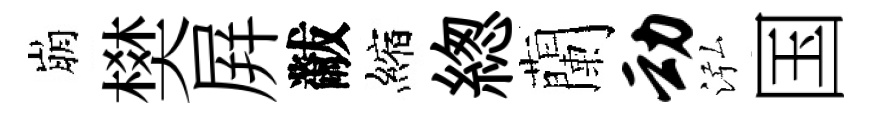
崩樊屛黻縮緫蘭动泓国